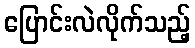
ပြောင်းလဲလိုက်သည့်